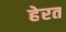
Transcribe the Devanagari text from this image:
हेरत